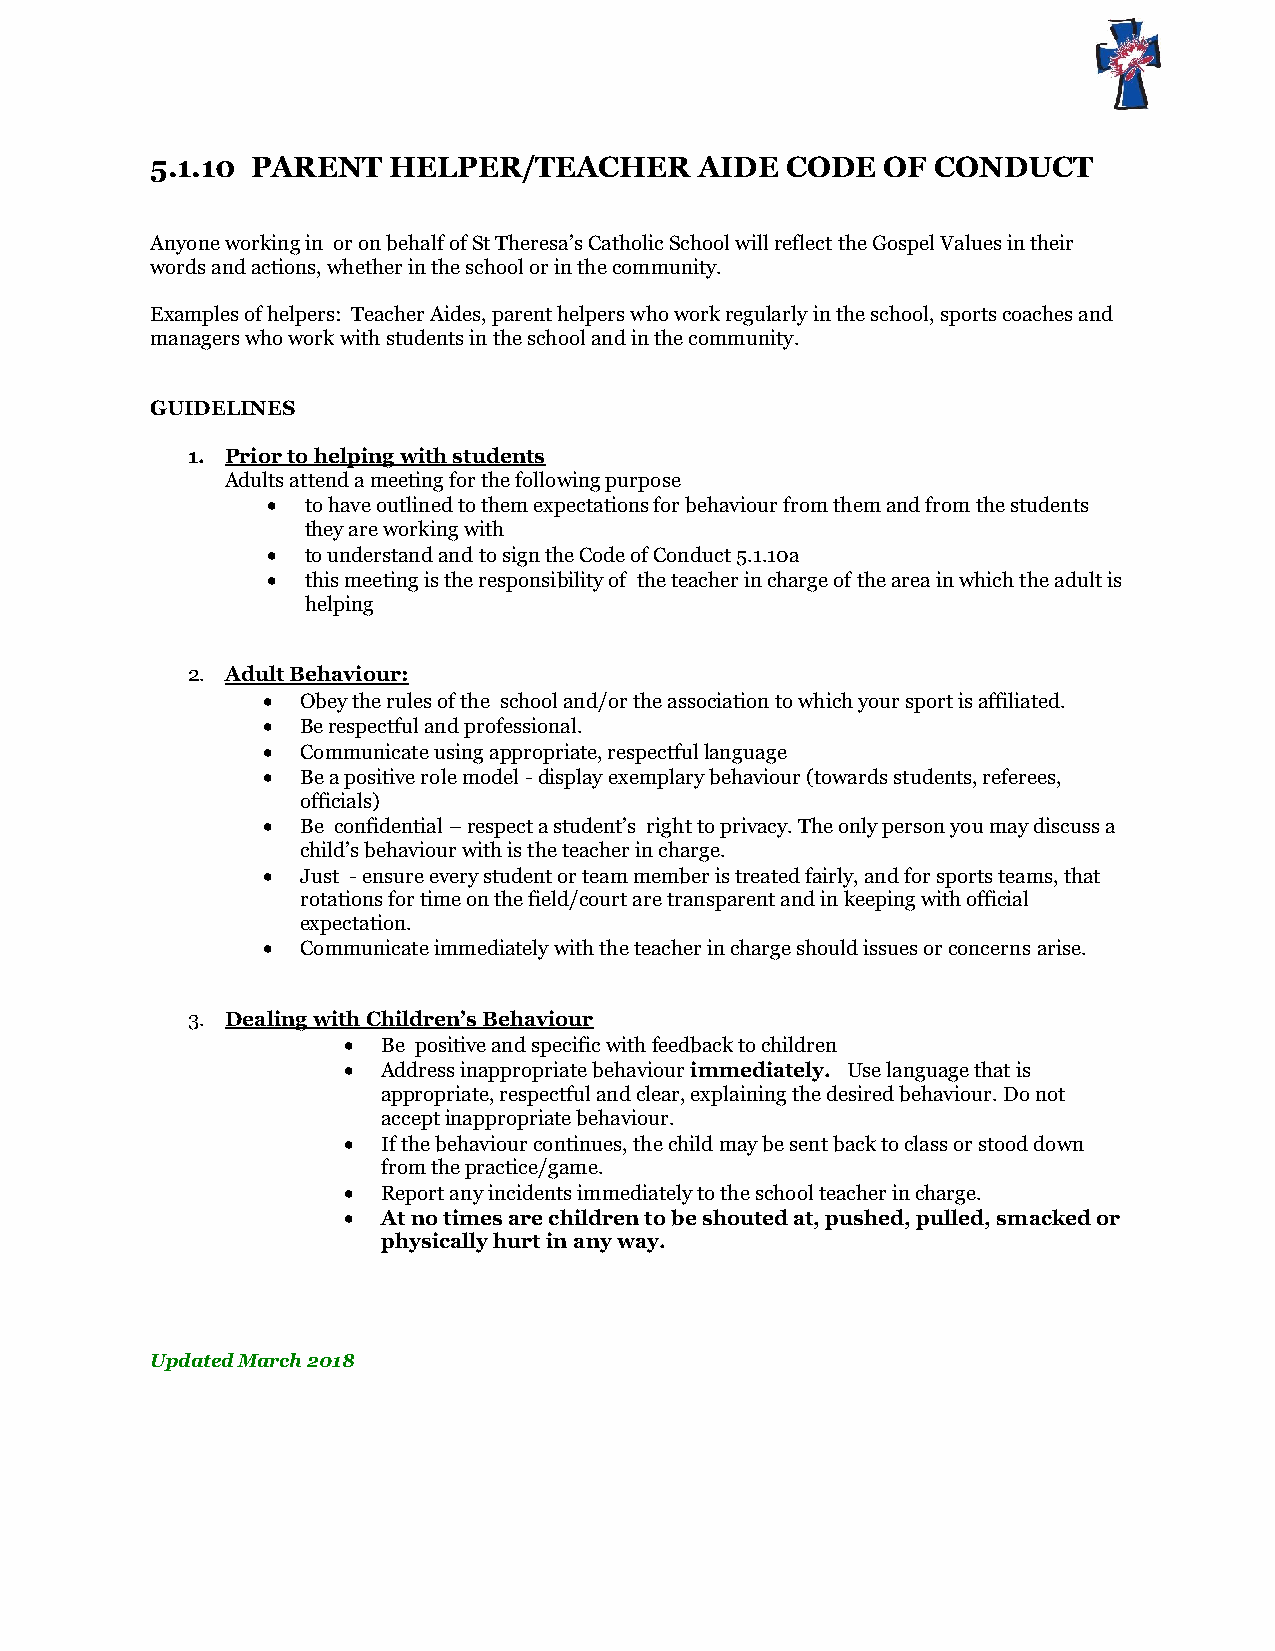
5.1.10 PARENT   HELPER/TEACHER      AIDE  CODE  OF  CONDUCT
 Anyone working in or on behalf of St Theresa’s Catholic School will reflect the Gospel Values in their
 words and actions, whether in the school or in the community.
 Examples of helpers: Teacher Aides, parent helpers who work regularly in the school, sports coaches and
 managers who work with students in the school and in the community.
 GUIDELINES
 1. Prior to helping with students
 Adults attend a meeting for the following purpose
  to have outlined to them expectations for behaviour from them and from the students
 they are working with
  to understand and to sign the Code of Conduct 5.1.10a
  this meeting is the responsibility of the teacher in charge of the area in which the adult is
 helping
 2. Adult Behaviour:
   Obey the rules of the school and/or the association to which your sport is affiliated.
   Be respectful and professional.
   Communicate using appropriate, respectful language
   Be a positive role model - display exemplary behaviour (towards students, referees,
 officials)
   Be confidential – respect a student’s right to privacy. The only person you may discuss a
 child’s behaviour with is the teacher in charge.
   Just - ensure every student or team member is treated fairly, and for sports teams, that
 rotations for time on the field/court are transparent and in keeping with official
 expectation.
   Communicate immediately with the teacher in charge should issues or concerns arise.
 3. Dealing with Children’s Behaviour
  Be positive and specific with feedback to children
  Address inappropriate behaviour immediately. Use language that is
 appropriate, respectful and clear, explaining the desired behaviour. Do not
 accept inappropriate behaviour.
  If the behaviour continues, the child may be sent back to class or stood down
 from the practice/game.
  Report any incidents immediately to the school teacher in charge.
  At no times are children to be shouted at, pushed, pulled, smacked or
 physically hurt in any way.
 Updated March 2018